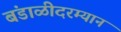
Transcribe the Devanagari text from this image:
बंडाळीदरम्यान